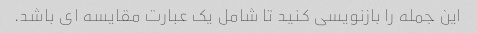
این جمله را بازنویسی کنید تا شامل یک عبارت مقایسه ای باشد.